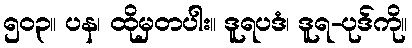
၅၀၃။ ပန၊ ထိုမှတပါး။ ဒူရပဒံ၊ ဒူရ-ပုဒ်ကို။